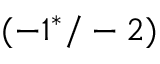
( - 1 ^ { * } / - 2 )